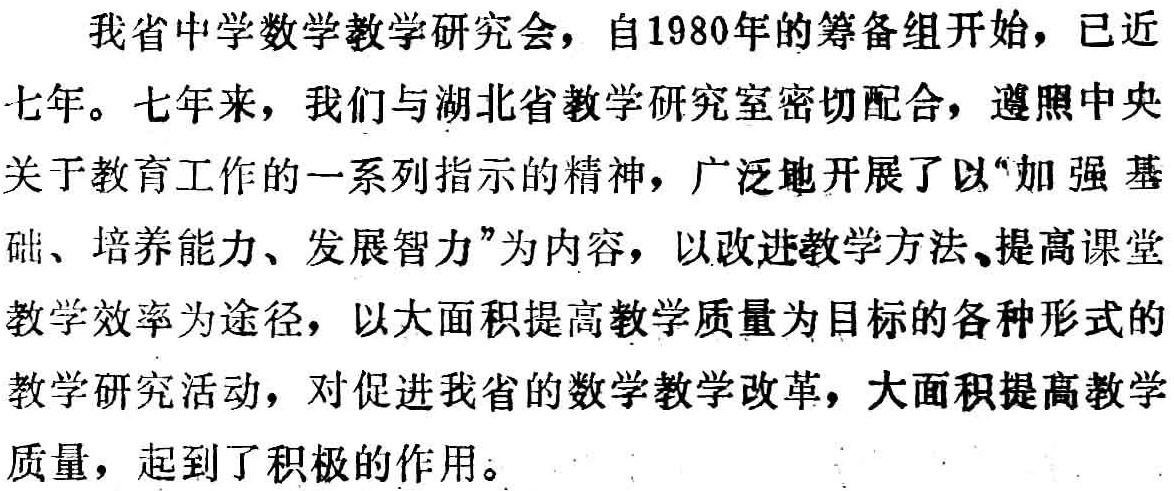
我省中学数学教学研究会，自1980年的筹备组开始，已近七年。七年来，我们与湖北省教学研究室密切配合，遵照中央关于教育工作的一系列指示的精神，广泛地开展了以“加强基础、培养能力、发展智力”为内容，以改进教学方法、提高课堂教学效率为途径，以大面积提高教学质量为目标的各种形式的教学研究活动，对促进我省的数学教学改革，大面积提高教学质量，起到了积极的作用。